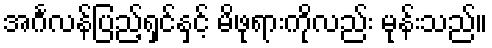
အင်္ဂလန်ပြည့်ရှင်နှင့် မိဖုရားကိုလည်း မုန်းသည်။